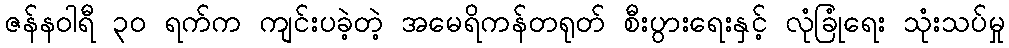
ဇန်နဝါရီ ၃၀ ရက်က ကျင်းပခဲ့တဲ့ အမေရိကန်တရုတ် စီးပွားရေးနှင့် လုံခြုံရေး သုံးသပ်မှု